Language: tamil
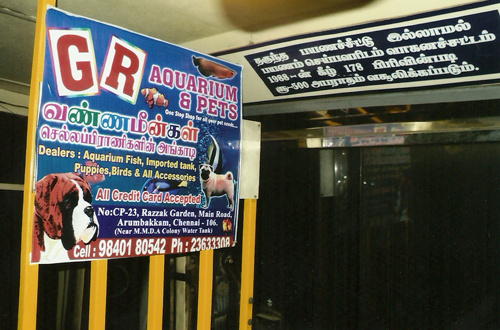
Transcription: பயண ன் கீழ் வசூலிக்கப்படும் வண்ணமீன்கள் செல்லப்பிரா அங்காழ பயணம் வாகனச் அபராதம் இல்லாமல் ணிகளிள்